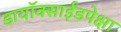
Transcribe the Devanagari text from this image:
डायॉक्साईडपेक्षा